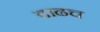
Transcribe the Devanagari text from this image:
वाढच